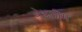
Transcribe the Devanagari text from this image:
बेथलीम